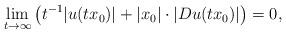
LaTeX: \begin{align*}\aligned\lim_{t\rightarrow\infty}\big(t^{-1}|u(tx_0)|+|x_0|\cdot|Du(tx_0)|\big)=0,\endaligned\end{align*}